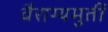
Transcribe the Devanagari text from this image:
वैराग्यमुर्ती